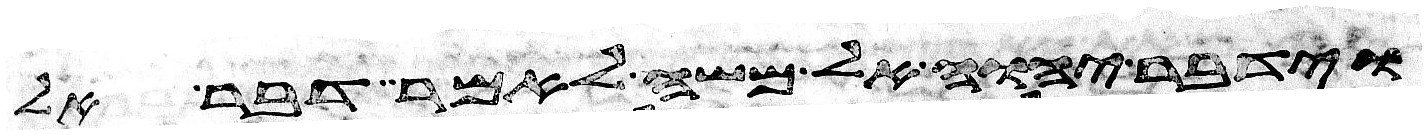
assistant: וידבר יהוה אל משה לאמר דבר אל